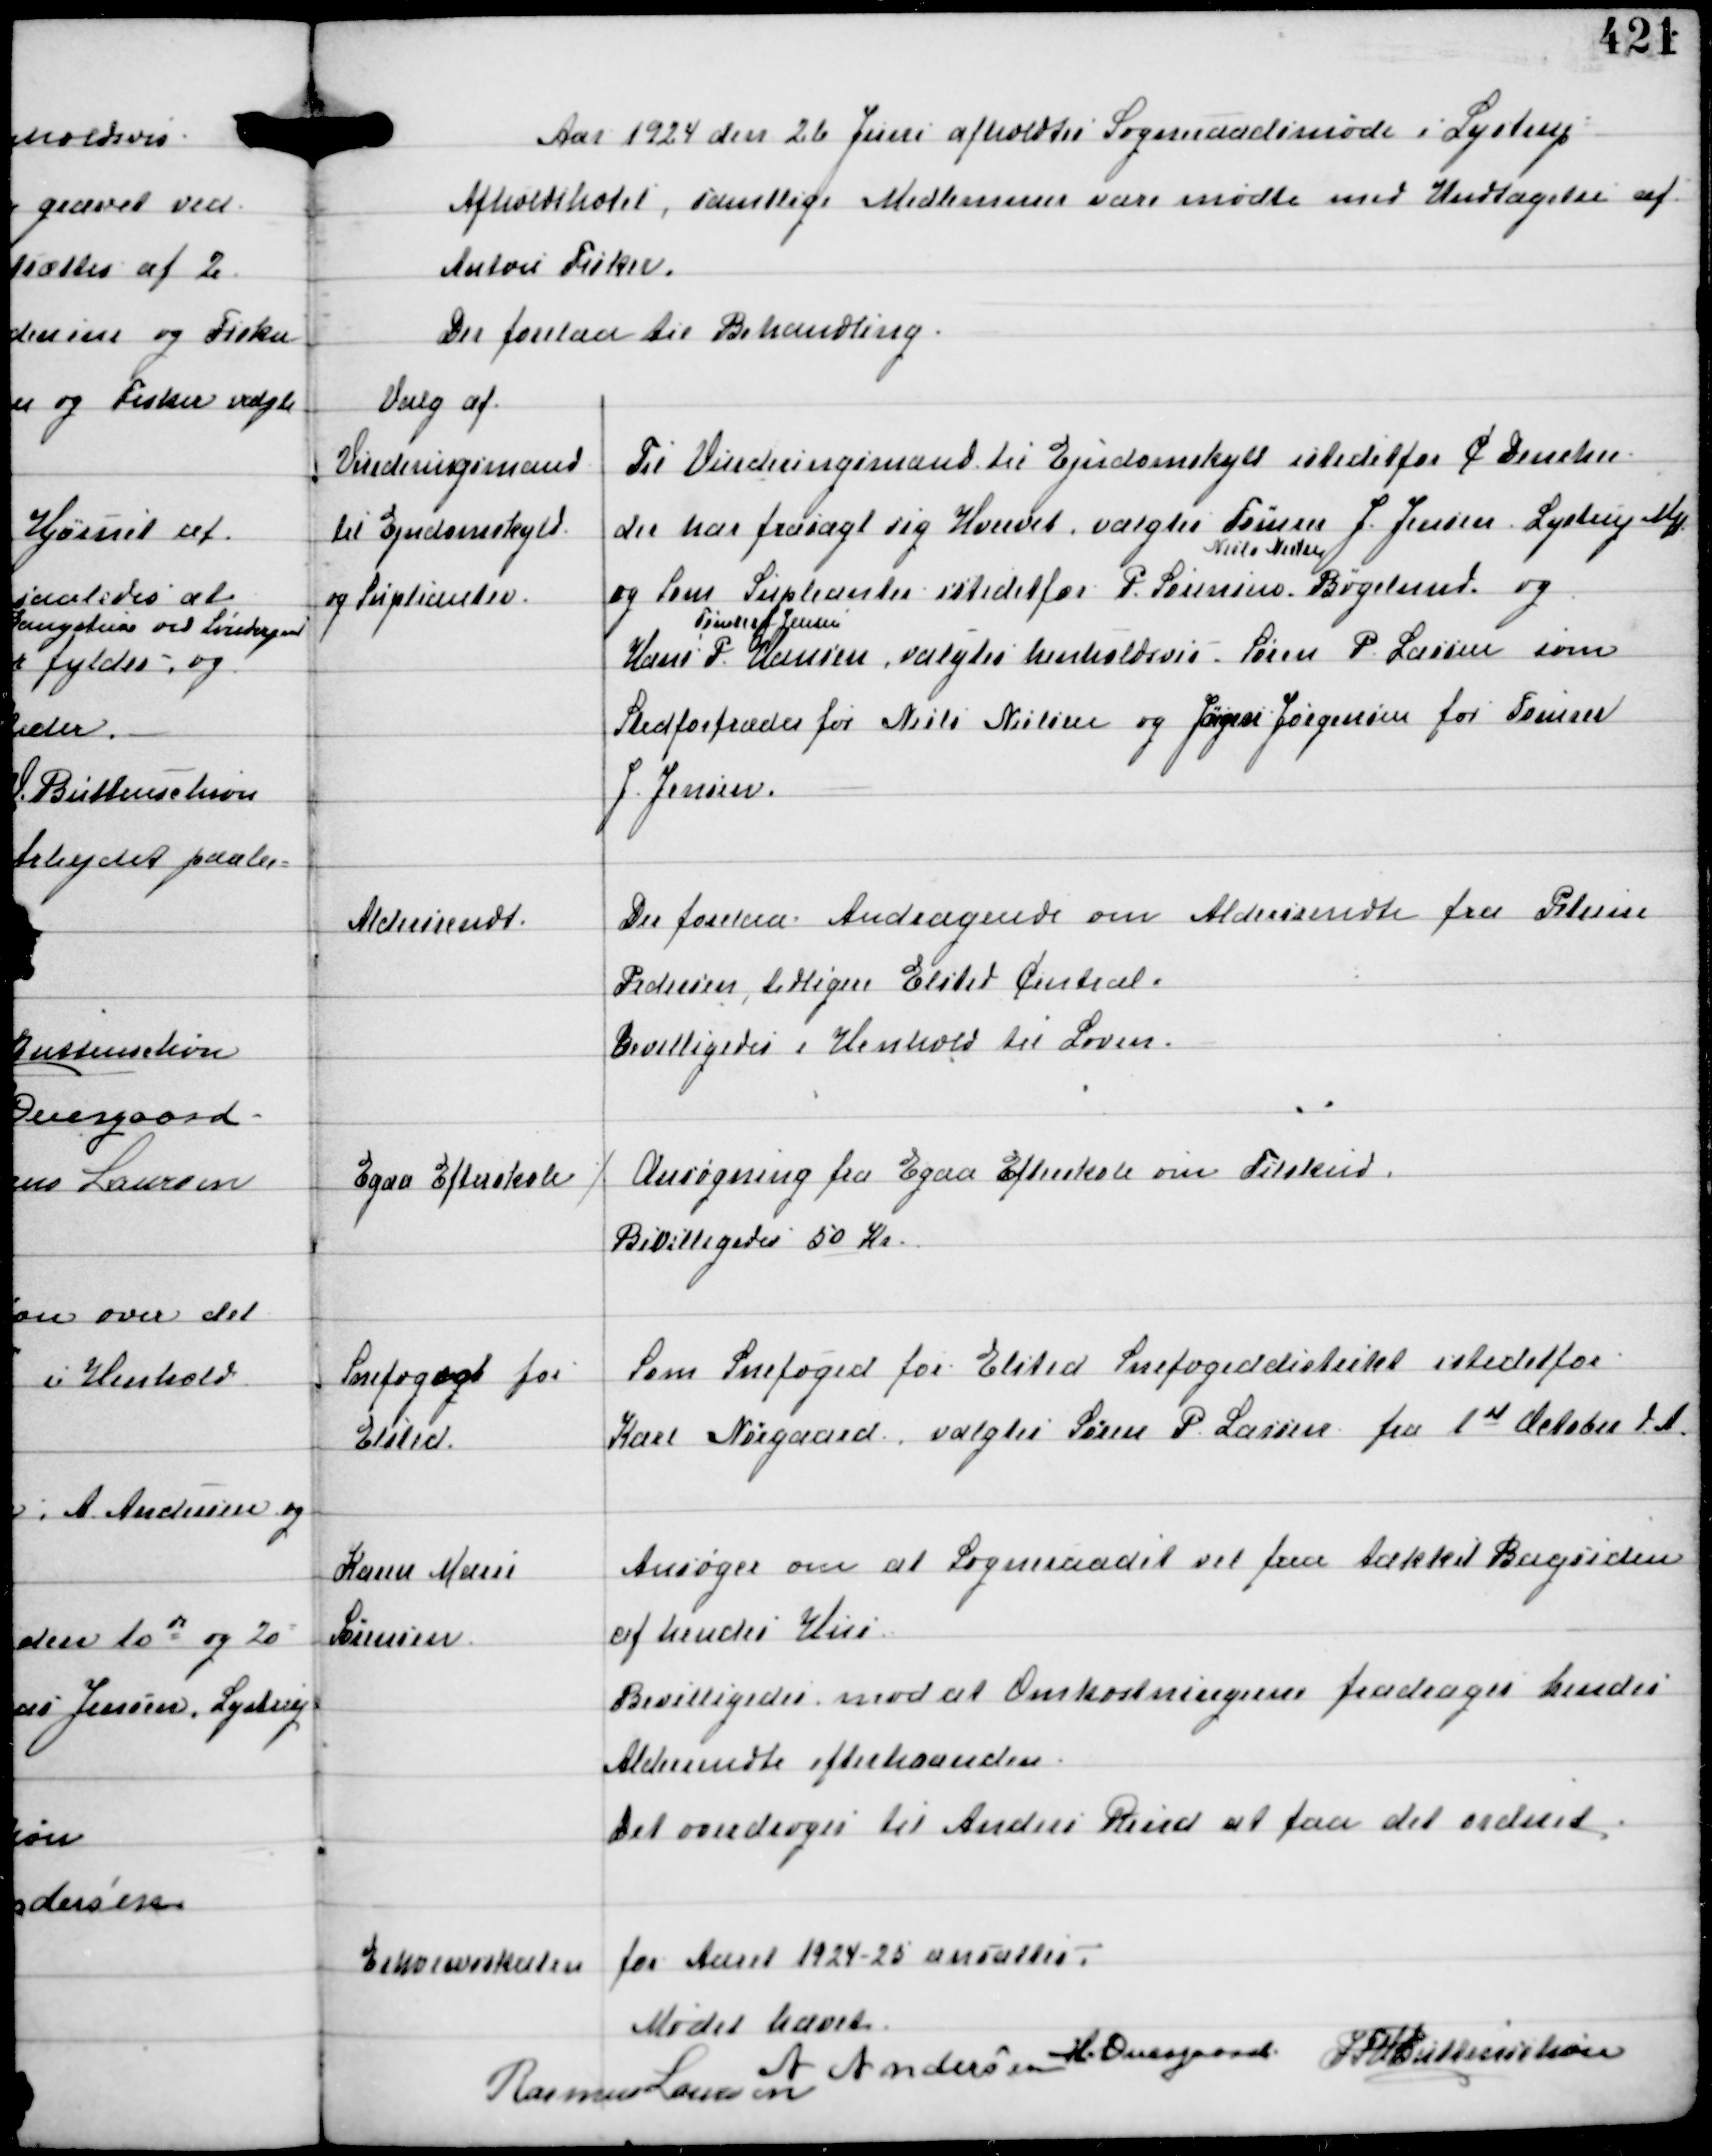
Transskription:
Aar 1924 den 26 Juni afholdtes Sogneraadsmøde i Lystrup
Afholdshotel, samtlige Medlemmer vare mødte med Undtagelse af
Anton Fisker.
Der forelaa til Behandling.

Valg af
Vurderingsmænd
til Ejendomsskyld
og Supleanter.

Til Vurderingsmand til Ejendomsskyld istedetfor C Dencker
der har frasagt sig Hvervet valgtes Tømrer J. Jensen Lystrup M
og som Supleanter istedetfor P. Sørensen
Niels Nielsen
Bøgelund og
Hans P. Hansen
Tømrer Jensen
valgtes henholdsvis Søren P Lassen som
Stedfortræder for Niels Nielsen og Jørgen Jørgensen for Tømrer
J. Jensen.

Aldersrendt

Der forelaa Andragende om Aldersrendte fra Petrine
Pedersen, tidligere Elsted Central.
Bevilligedes i Henhold til Loven.

Egaa Efterskole

⁒ Ansøgning fra Egaa Efterskole om Tilskud.
Bevilligedes 50 Kr.

Snefoged for
Elsted.

Som Snefoged for Elsted Snefogeddistrikt istedetfor
Karl Nørgaard, valgtes Søren P Lassen fra 1st October d.A

Karen Marie
Sørensen

Ansøger om at Sogneraadet vil faa tækket Bagsiden
af hendes Hus
Bevilligedes mod at Omkostningerne fradrages hendes
Aldersrendte efterhaanden.
Det overdroges til Anders Rind at faa det ordnet.

Erhvervsskatten
for Aaret 1924-25 ansattes.

Mødet hævet
A Andersen H. Overgaard IFV Buttenschøn
Rasmus Laursen